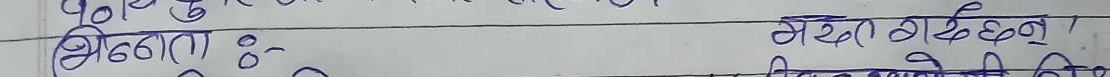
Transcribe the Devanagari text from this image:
अठ्ठटा १००० मध्येत्‌ छ्छ ो।